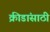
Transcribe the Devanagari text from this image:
क्रीडांसाठी